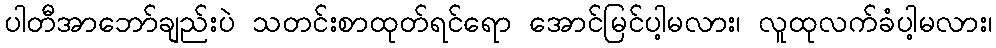
ပါတီအာဘော်ချည်းပဲ သတင်းစာထုတ်ရင်ရော အောင်မြင်ပါ့မလား၊ လူထုလက်ခံပါ့မလား၊